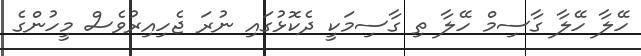
ހޭލާ ހޭލާ ގާސިމް ހޭލާ ތި ގާސިމަކީ ދެކޮޅުގައި ނުރަ ޖެހިއިރުވެސް މީހުންގެ